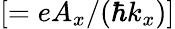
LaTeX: [=eA_{x}/(\hbar k_{x})]